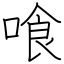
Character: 喰